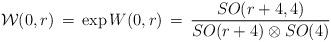
LaTeX: \begin{align*}{\cal W}(0,r)\,=\, \exp{W(0,r)}\, =\,\frac{SO(r+4,4)}{SO(r+4)\otimes SO(4)}\end{align*}